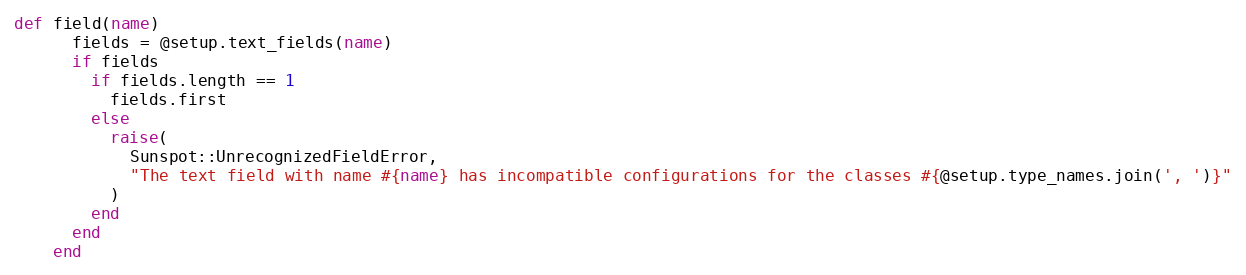
Language: Ruby
def field(name)
      fields = @setup.text_fields(name)
      if fields
        if fields.length == 1
          fields.first
        else
          raise(
            Sunspot::UnrecognizedFieldError,
            "The text field with name #{name} has incompatible configurations for the classes #{@setup.type_names.join(', ')}"
          )
        end
      end
    end